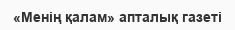
«Менің қалам» апталық газеті